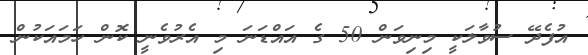
އުފެދޭ ސުވާލަކީ މިނިވަން 50 ގެ އައްޑަނަ މި އެރުވެނީ ކޮން ހަމައަކުން